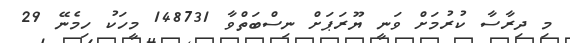
މި ދިރާސާ ކުރުމަށް ވަނީ ޔޫރަޕަށް ނިސްބަތްވާ 148731 މީހަކު ހިމެނޭ 29